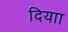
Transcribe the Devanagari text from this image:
दियाा